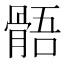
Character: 𩩑